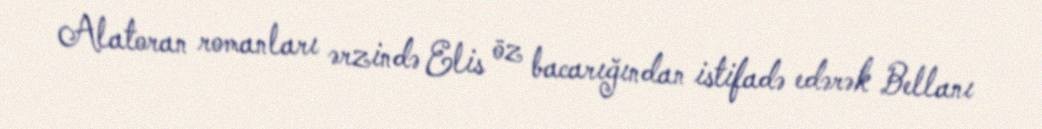
Alatoran romanları ərzində Elis öz bacarığından istifadə edərək Bellanı